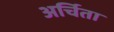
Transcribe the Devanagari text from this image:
अर्चिता